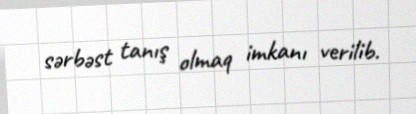
sərbəst tanış olmaq imkanı verilib.